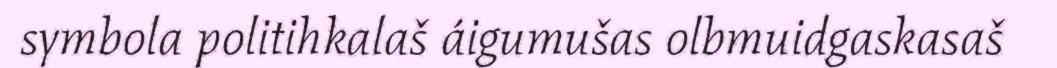
symbola politihkalaš áigumušas olbmuidgaskasaš